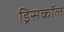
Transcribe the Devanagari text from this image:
ड्रिसकॉल